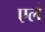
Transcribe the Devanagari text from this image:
एलं